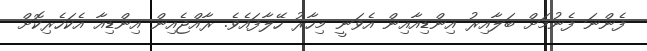
ފެންނަ ފެނުމަށް ބަލާއިރު އިންޑިއާއިން އެވަނީ މިހާރު ހޭލާފައެވެ. ރާއްޖެއިން އިންޑިއާ އެކަހެރިކޮށް